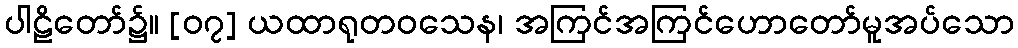
ပါဠိတော်၌။ [၀၇] ယထာရုတဝသေန၊ အကြင်အကြင်ဟောတော်မူအပ်သော